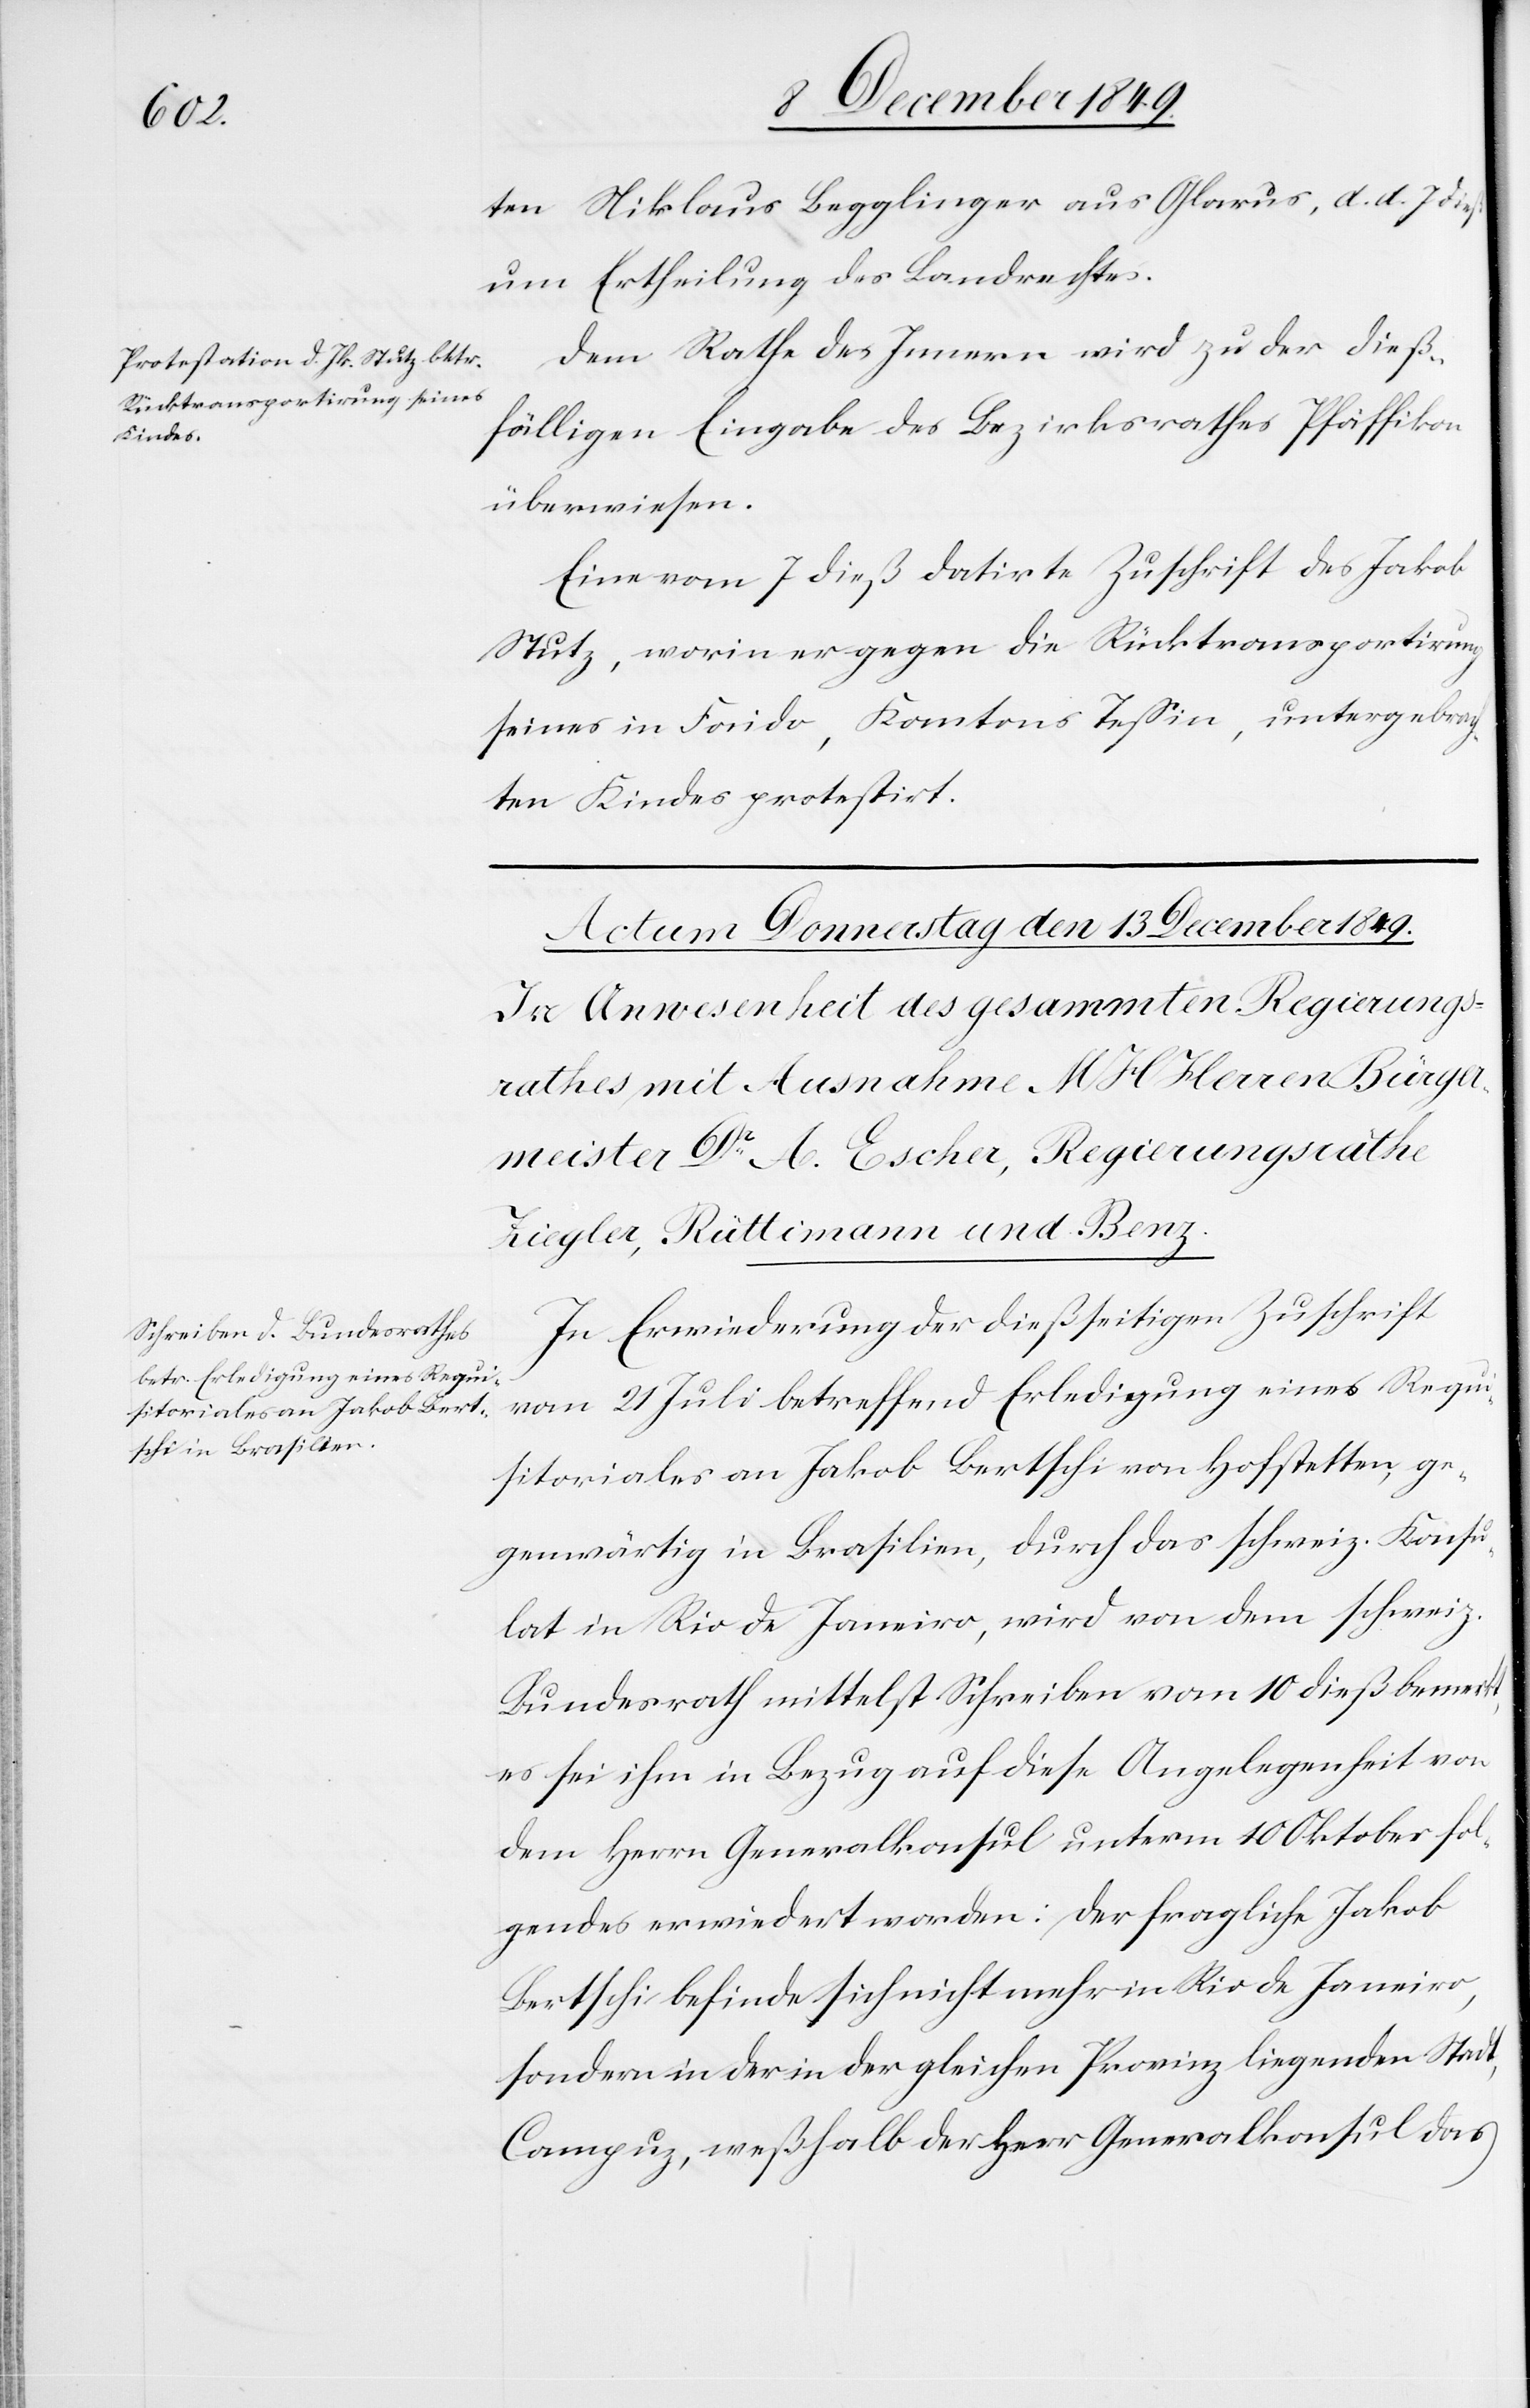
11 December 1849.]
ten Niklaus Begglinger aus Glarus, d. d. 7 dieß
um Ertheilung des Landrechtes.
Dem Rathe des Innern wird zu der dieß¬
fälligen Eingabe des Bezirksrathes Pfäffikon
überwiesen:
Eine vom 7 dieß datirte Zuschrift des Jakob
Stutz, worin er gegen die Rücktransportirung
seines in Faido, Kantons Teßin, untergebrach¬
ten Kindes protestirt.
In Erwiederung der dießseitigen Zuschrift
vom 21 Juli betreffend Erledigung eines Requi¬
sitoriales an Jakob Bertschi von Hoftstetten, ge¬
genwärtig in Brasilien, durch das schweiz. Konsu¬
lat in Rio de Janeiro, wird von dem schweiz.
Bundesrath mittelst Schreiben vom 10 dieß bemerkt,
es sei ihm in Bezug auf diese Angelegenheit von
dem Herrn Generalkonsul unterm 10 Oktober fol¬
gendes erwiedert worden: Der fragliche Jakob
Bertschi befinde sich nicht mehr in Rio de Janeiro,
sondern in der in der gleichen Provinz liegenden Stadt,
Campuz, weßhalb der Herr Generalkonsul das